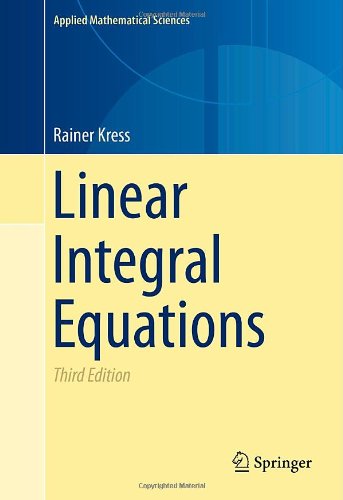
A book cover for Linear Integral Equations (Applied Mathematical Sciences); Rainer Kress; Science & Math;